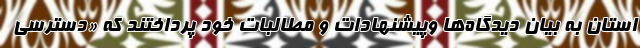
استان به بیان دیدگاه‌ها وپیشنهادات و مطالبات خود پرداختند که «دسترسی